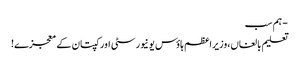
- ہم سب
تعلیم بالغاں،وزیراعظم ہاؤس یونیورسٹی اور کپتان کے معجزے!